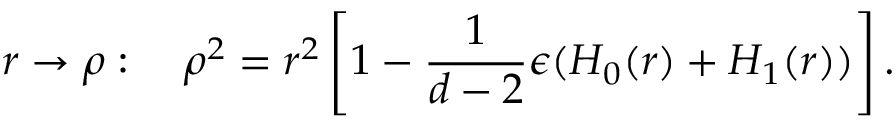
r \rightarrow \rho : \quad \rho ^ { 2 } = r ^ { 2 } \left[ 1 - \frac { 1 } { d - 2 } \epsilon ( H _ { 0 } ( r ) + H _ { 1 } ( r ) ) \right] .